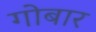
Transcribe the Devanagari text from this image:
गोबार